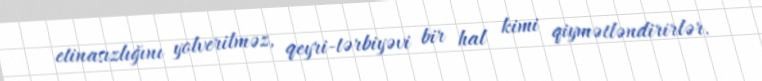
etinasızlığını yolverilməz, qeyri-tərbiyəvi bir hal kimi qiymətləndirirlər.